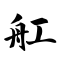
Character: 舡